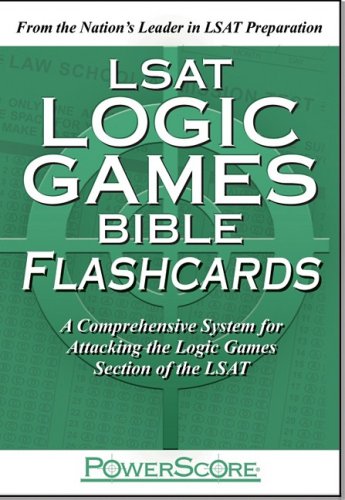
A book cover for The PowerScore LSAT Logic Games Bible Flashcards (Powerscore Test Preparation); Powerscore Test Preparation; Test Preparation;